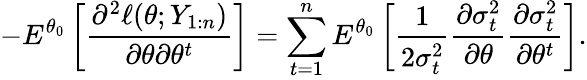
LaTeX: -E^{\theta_{0}}\left[\frac{\partial^{2}\ell(\theta;Y_{1:n})}{\partial\theta\partial\theta^{t}}\right]=\sum_{t=1}^{n}E^{\theta_{0}}\left[\frac{1}{2\sigma_{t}^{2}}\frac{\partial\sigma_{t}^{2}}{\partial\theta}\frac{\partial\sigma_{t}^{2}}{\partial\theta^{t}}\right].